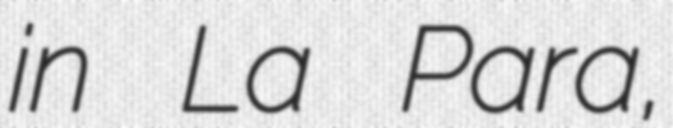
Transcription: in La Para,